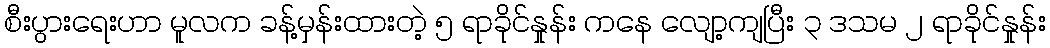
စီးပွားရေးဟာ မူလက ခန့်မှန်းထားတဲ့ ၅ ရာခိုင်နှုန်း ကနေ လျော့ကျပြီး ၃ ဒသမ ၂ ရာခိုင်နှုန်း